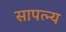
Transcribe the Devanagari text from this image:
सापत्न्य